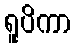
ရူပိကာ